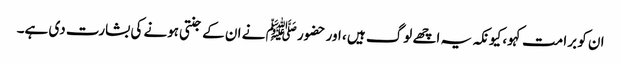
ان کو برا مت کہو، کیونکہ یہ اچھے لوگ ہیں ، اور حضور ﷺ نے ان کے جنتی ہونے کی بشارت دی ہے۔